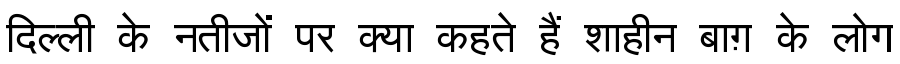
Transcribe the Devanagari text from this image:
दिल्ली के नतीजों पर क्या कहते हैं शाहीन बाग़ के लोग